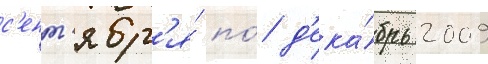
с'ент'ябр'я́ по́ д'ека́брь 2009